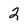
Character: 2